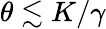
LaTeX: \theta\lesssim K/\gamma